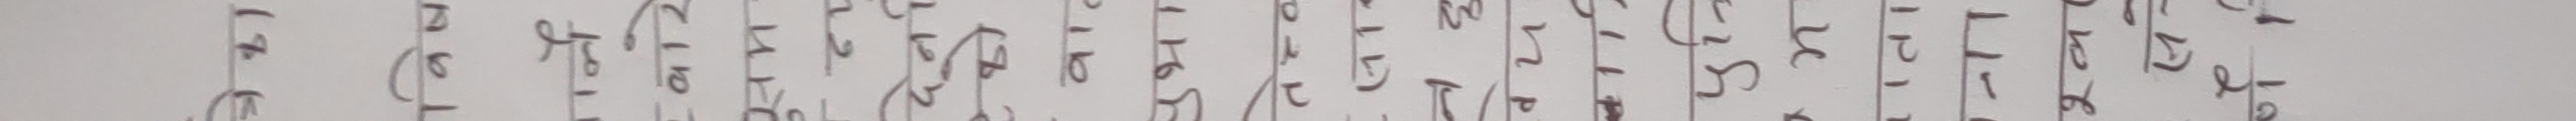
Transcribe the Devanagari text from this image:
१ २ ३ ४ ५ ६ ७ ८ ९ १० ११
४ ६ ८ १० १२ १४ १६ १८ २० २२ २४
५ ७ ९ ११ १३ १५ १७ १९ २१ २३ २५